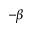
- \beta